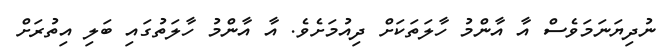
ނުދިޔަނަމަވެސް އާ އާންމު ހާލަތަކަށް ދިއުމަށެވެ. އާ އާންމު ހާލަތުގައި ބަލި އިތުރަށް